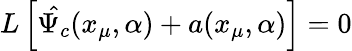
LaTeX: L\left[\hat{\Psi_{c}}(x_{\mu},\alpha)+a(x_{\mu},\alpha)\right]=0